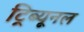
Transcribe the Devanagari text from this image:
ट्रिब्‍यूनल